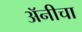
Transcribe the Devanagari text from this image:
अॅनीचा